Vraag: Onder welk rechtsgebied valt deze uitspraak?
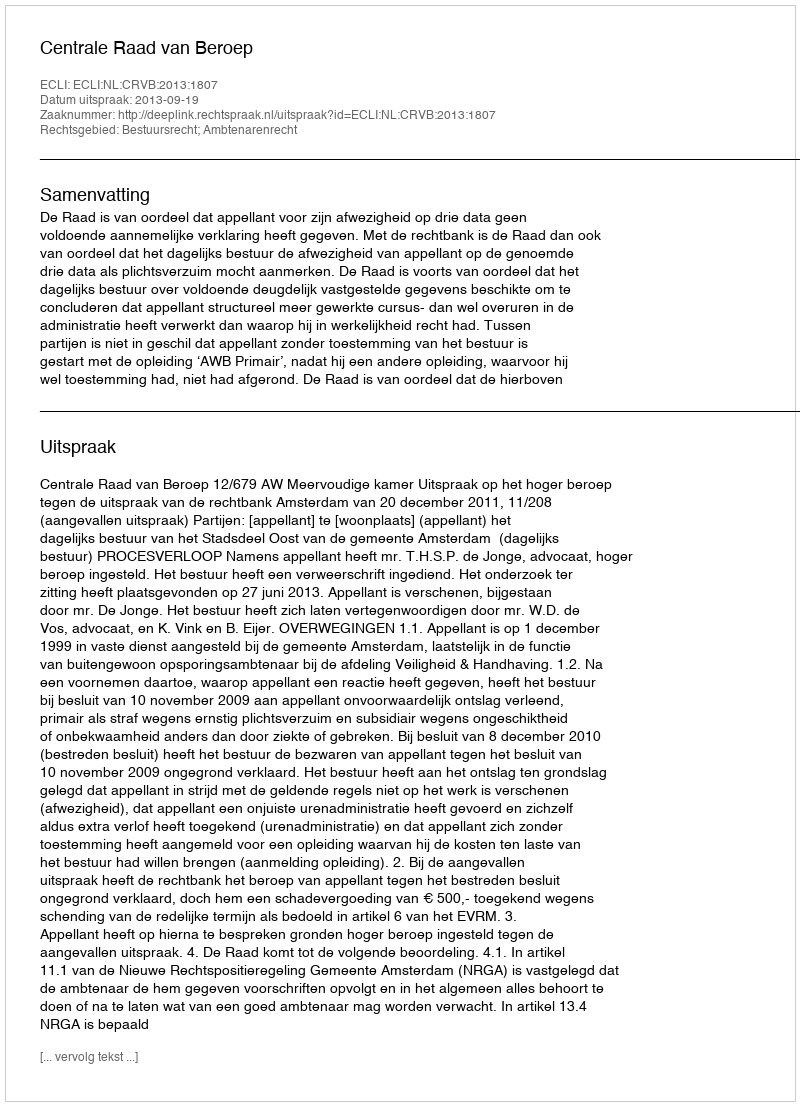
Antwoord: Bestuursrecht; Ambtenarenrecht